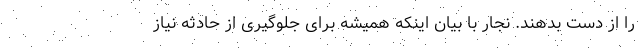
را از دست بدهند. نجار با بیان اینکه همیشه برای جلوگیری از حادثه نیاز